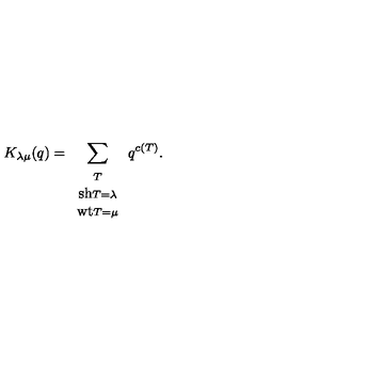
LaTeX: K _ { \lambda \mu } ( q ) = \sum _ { \begin{array} { c } { \scriptstyle T } \\ { \mathrm { \small s h } \scriptstyle T = \lambda } \\ { \mathrm { \small w t } \scriptstyle T = \mu } \\ \end{array} } q ^ { c ( T ) } .